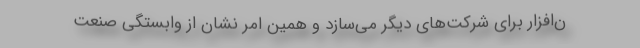
ن‌افزار برای شرکت‌های دیگر می‌سازد و همین امر نشان از وابستگی صنعت